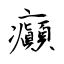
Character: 癲